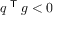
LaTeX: q ^ { \textsf { T } } g < 0